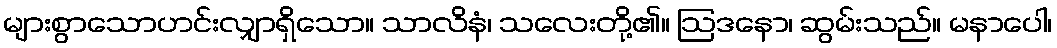
များစွာသောဟင်းလျှာရှိသော။ သာလိနံ၊ သလေးတို့၏။ ဩဒနော၊ ဆွမ်းသည်။ မနာပေါ၊